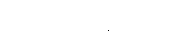
မာဏဝတ္ထေရဂါထာ